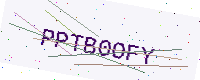
Text: PPTB0OFY